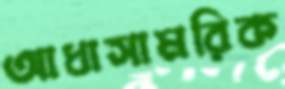
আধাসামরিক